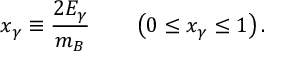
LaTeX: x _ { \gamma } \equiv \frac { 2 E _ { \gamma } } { m _ { B } } \qquad \left( 0 \leq x _ { \gamma } \leq 1 \right) .